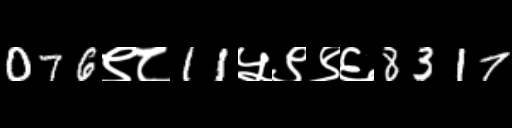
Text: 076९८11५९९६8317